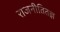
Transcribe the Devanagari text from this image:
राजनीतितज्ञ